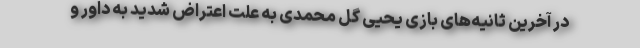
در آخرین ثانیه‌های بازی یحیی گل محمدی به علت اعتراض شدید به داور و